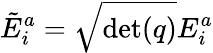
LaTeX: {\tilde{E}}_{i}^{a}={\sqrt{\operatorname*{det}(q)}}E_{i}^{a}